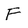
Character: F